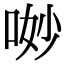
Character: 𠴕